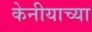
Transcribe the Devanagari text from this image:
केनीयाच्या